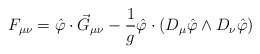
\begin{align*}F_{\mu\nu} = \hat\varphi\cdot\vec G_{\mu\nu} - \frac{1}{g}\hat\varphi\cdot\left( D_\mu\hat\varphi \wedge D_\nu \hat\varphi\right)\end{align*}